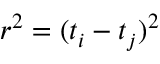
r ^ { 2 } = ( t _ { i } - t _ { j } ) ^ { 2 }